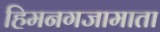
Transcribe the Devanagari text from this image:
हिमनगजामाता